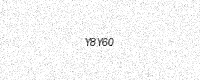
Text: Y8Y60